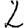
Digit: 2